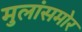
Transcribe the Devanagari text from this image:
मुलांसमोर